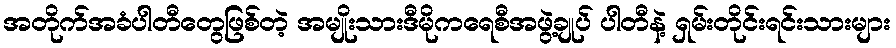
အတိုက်အခံပါတီတွေဖြစ်တဲ့ အမျိုးသားဒီမိုကရေစီအဖွဲ့ချုပ် ပါတီနဲ့ ရှမ်းတိုင်းရင်းသားများ